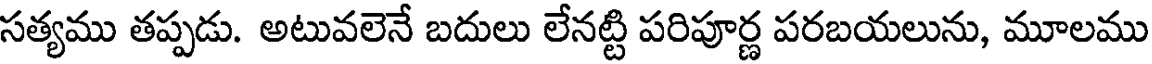
సత్యము తప్పడు. అటువలెనే బదులు లేనట్టి పరిపూర్ణ పరబయలును, మూలము